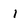
Character: 1